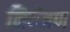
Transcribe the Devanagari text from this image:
नियंत्रण